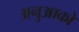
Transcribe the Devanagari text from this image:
अनुआकों